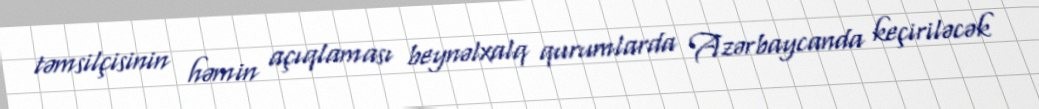
təmsilçisinin həmin açıqlaması beynəlxalq qurumlarda Azərbaycanda keçiriləcək